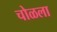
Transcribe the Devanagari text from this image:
चोळला